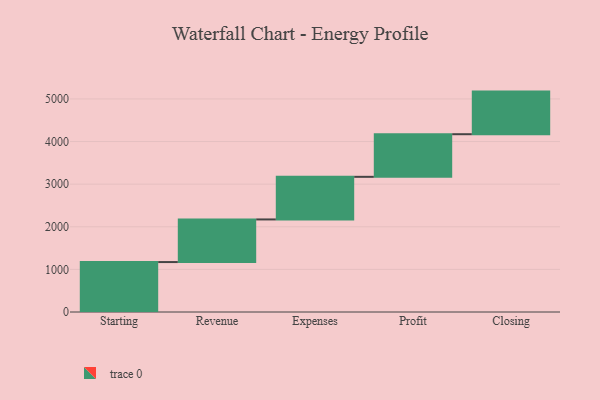
{"axis": {"x": "Step", "y": "Value"}, "legend": [""], "data": [{"x": "Starting", "y": 1172.0, "type": ""}, {"x": "Revenue", "y": 1000, "type": ""}, {"x": "Expenses", "y": 1000, "type": ""}, {"x": "Profit", "y": 1000, "type": ""}, {"x": "Closing", "y": 1000, "type": ""}]}